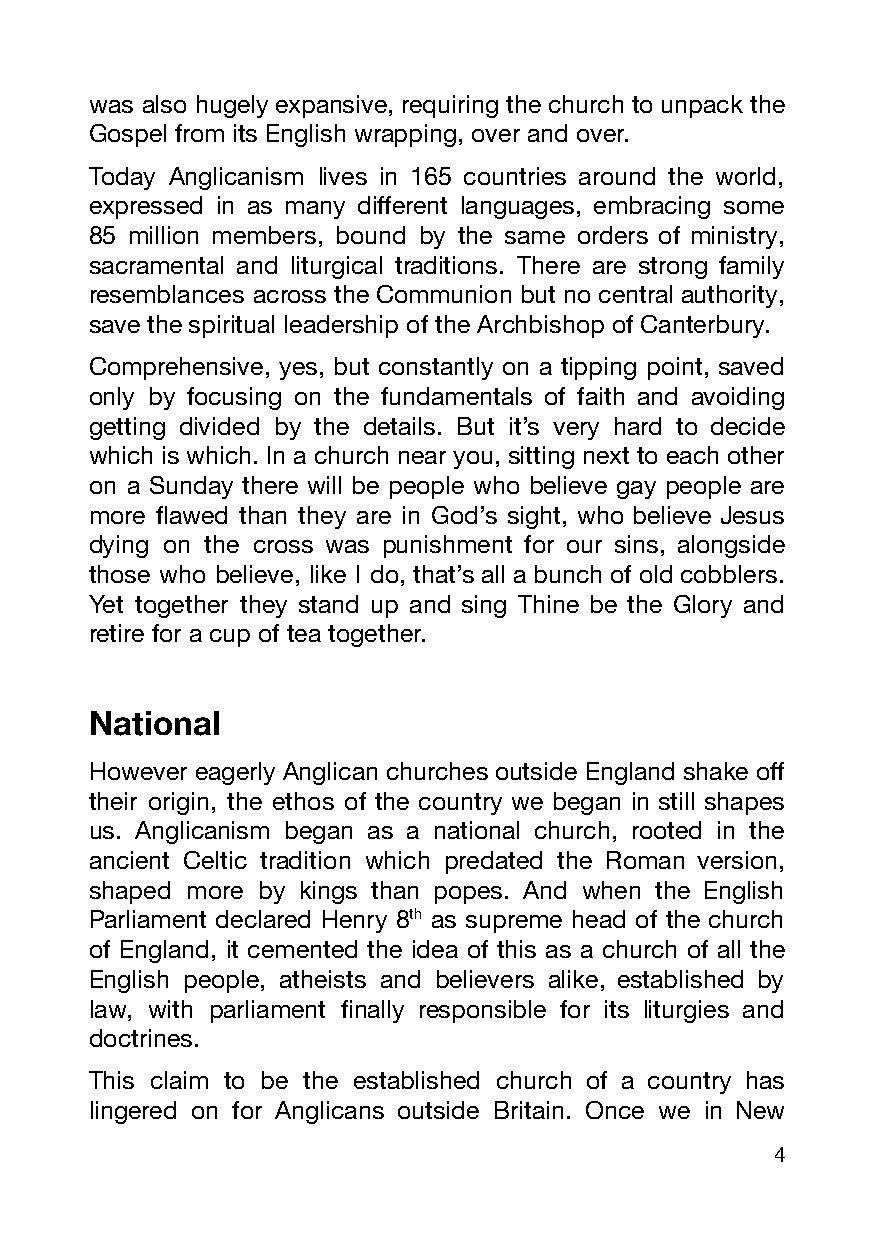
was also hugely expansive, requiring the church to unpack the
 Gospel from its English wrapping, over and over.
 Today Anglicanism lives in 165 countries around the world,
 expressed in as many different languages, embracing some
 85 million members, bound by the same orders of ministry,
 sacramental and liturgical traditions. There are strong family
 resemblances across the Communion but no central authority,
 save the spiritual leadership of the Archbishop of Canterbury.
 Comprehensive, yes, but constantly on a tipping point, saved
 only by focusing on the fundamentals of faith and avoiding
 getting divided by the details. But it’s very hard to decide
 which is which. In a church near you, sitting next to each other
 on a Sunday there will be people who believe gay people are
 more flawed than they are in God’s sight, who believe Jesus
 dying on the cross was punishment for our sins, alongside
 those who believe, like I do, that’s all a bunch of old cobblers.
 Yet together they stand up and sing Thine be the Glory and
 retire for a cup of tea together.
 National
 However eagerly Anglican churches outside England shake off
 their origin, the ethos of the country we began in still shapes
 us. Anglicanism began as a national church, rooted in the
 ancient Celtic tradition which predated the Roman version,
 shaped more by kings than popes. And when the English
 Parliament declared Henry 8th as supreme head of the church
 of England, it cemented the idea of this as a church of all the
 English people, atheists and believers alike, established by
 law, with parliament finally responsible for its liturgies and
 doctrines.
 This claim to be the established church of a country has
 lingered on for Anglicans outside Britain. Once we in New
 4